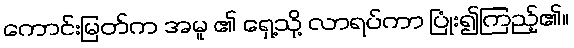
ကောင်းမြတ်က အမူ ၏ ရှေ့သို့ လာရပ်ကာ ပြုံး၍ကြည့်၏။